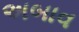
અબાવ